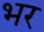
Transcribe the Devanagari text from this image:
भर